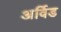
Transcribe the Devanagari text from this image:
अर्विड